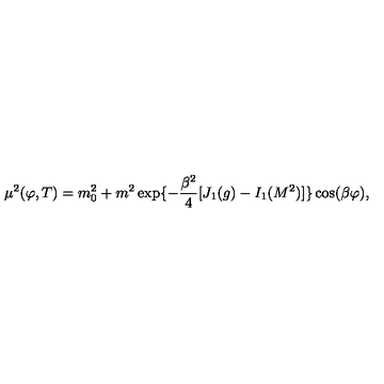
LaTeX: \mu ^ { 2 } ( \varphi , T ) = m _ { 0 } ^ { 2 } + m ^ { 2 } \exp \{ - { \frac { \beta ^ { 2 } } { 4 } } [ J _ { 1 } ( g ) - I _ { 1 } ( M ^ { 2 } ) ] \} \cos ( \beta \varphi ) ,